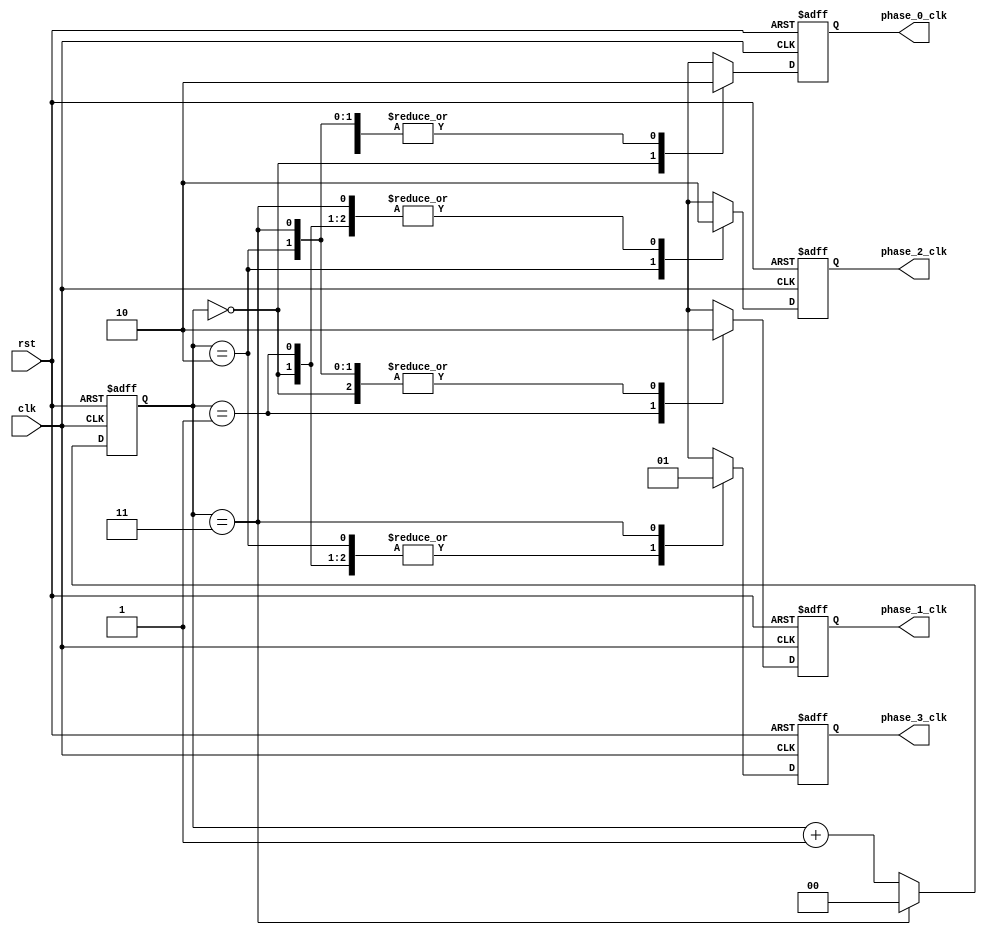
module multi_phase_clock_divider (
    input wire clk,
    input wire rst,
    output reg phase_0_clk,
    output reg phase_1_clk,
    output reg phase_2_clk,
    output reg phase_3_clk
);

reg [1:0] count;
reg phase_0_d, phase_1_d, phase_2_d, phase_3_d;

always @(posedge clk or posedge rst) begin
    if (rst) begin
        count <= 2'b00;
        phase_0_d <= 1'b0;
        phase_1_d <= 1'b0;
        phase_2_d <= 1'b0;
        phase_3_d <= 1'b0;
    end else begin
        case (count)
            0: begin
                phase_0_d <= 1'b1;
                phase_1_d <= 1'b0;
                phase_2_d <= 1'b0;
                phase_3_d <= 1'b0;
            end
            1: begin
                phase_0_d <= 1'b0;
                phase_1_d <= 1'b1;
                phase_2_d <= 1'b0;
                phase_3_d <= 1'b0;
            end
            2: begin
                phase_0_d <= 1'b0;
                phase_1_d <= 1'b0;
                phase_2_d <= 1'b1;
                phase_3_d <= 1'b0;
            end
            3: begin
                phase_0_d <= 1'b0;
                phase_1_d <= 1'b0;
                phase_2_d <= 1'b0;
                phase_3_d <= 1'b1;
            end
        endcase
        count <= count + 1;
        if (count == 2'b11) begin
            count <= 2'b00;
        end
    end
end

assign phase_0_clk = phase_0_d;
assign phase_1_clk = phase_1_d;
assign phase_2_clk = phase_2_d;
assign phase_3_clk = phase_3_d;

endmodule